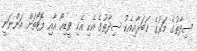
ސިދާތުގެ މަރުގެ ޚަބަރާއިއެކު ސިދާތުގެ އެކި އެކި ވީޑިއޯ އާއި ފޮޓޯތަށް އަންނަނީ